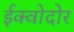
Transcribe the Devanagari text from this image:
ईक्वोदोर